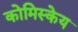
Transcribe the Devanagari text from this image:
कोमिस्केय